Sanitation, dispensaries and jails vaccination Rajputana 1922-1927 - 1922-1927
Year: 1922
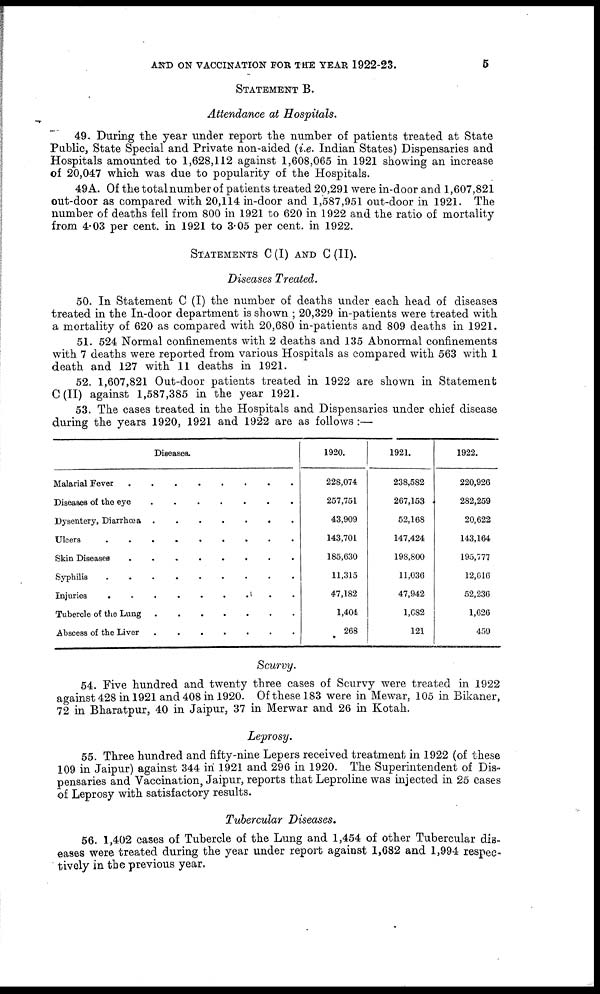
AND ON VACCINATION FOR THE YEAR 1922-23.
5
STATEMENT B.
Attendance at Hospitals.
49. During the year under report the number of patients treated at State
Public, State Special and Private non-aided (i.e. Indian States) Dispensaries and
Hospitals amounted to 1,628,112 against 1,608,065 in 1921 showing an increase
of 20,047 which was due to popularity of the Hospitals.
49A. Of the total number of patients treated 20,291 were in-door and 1,607,821
out-door as compared with 20,114 in-door and 1,587,951 out-door in 1921. The
number of deaths fell from 800 in 1921 to 620 in 1922 and the ratio of mortality
from 4.03 per cent. in 1921 to 3.05 per cent. in 1922.
STATEMENTS C(I) AND C(II).
Diseases Treated.
50. In Statement C (I) the number of deaths under each head of diseases
treated in the In-door department is shown ; 20,329 in-patients were treated with
a mortality of 620 as compared with 20,680 in-patients and 809 deaths in 1921.
51. 524 Normal confinements with 2 deaths and 135 Abnormal confinements
with 7 deaths were reported from various Hospitals as compared with 563 with 1
death and 127 with 11 deaths in 1921.
52. 1,607,821 Out-door patients treated in 1922 are shown in Statement
C(II) against 1,587,385 in the year 1921.
53. The cases treated in the Hospitals and Dispensaries under chief disease
during the years 1920, 1921 and 1922 are as follows :—
Diseases.
Malarial Fever
.
.
.
.
.
.
.
.
.
Diseases of the eye
.
.
.
.
.
.
.
Dysentery, Diarrhoea .
.
.
.
.
.
.
Ulcers
.
.
.
.
.
.
.
.
.
Skin Diseases
.
.
.
.
.
.
.
.
Syphilis
.
.
.
.
.
.
.
.
.
Injuries
.
.
.
.
.
.
.
.
.
Tubercle of the Lung .
.
.
.
.
.
.
Abscess of the Liver
.
.
.
.
.
.
.
1920.
228,074
257,751
43,909
143,701
185,630
11,315
47,182
1,404
268
1921.
238,582
267,153
52,168
147,424
198,800
11,036
47,942
1,682
121
1922.
220,926
282,259
20,622
143,164
195,777
12,616
52,236
1,626
459
Scurvy.
54. Five hundred and twenty three cases of Scurvy were treated in 1922
against 428 in 1921 and 408 in 1920. Of these 183 were in Mewar, 105 in Bikaner,
72 in Bharatpur, 40 in Jaipur, 37 in Merwar and 26 in Kotah.
Leprosy.
55. Three hundred and fifty-nine Lepers received treatment in 1922 (of these
109 in Jaipur) against 344 in 1921 and 296 in 1920. The Superintendent of Dis-
pensaries and Vaccination, Jaipur, reports that Leproline was injected in 25 cases
of Leprosy with satisfactory results.
Tubercular Diseases.
56. 1,402 cases of Tubercle of the Lung and 1,454 of other Tubercular dis-
eases were treated during the year under report against 1,682 and 1,994 respec-
tively in the previous year.